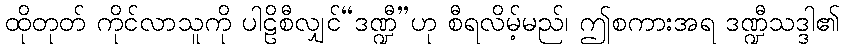
ထိုတုတ် ကိုင်လာသူကို ပါဠိစီလျှင်“ဒဏ္ဍီ”ဟု စီရလိမ့်မည်၊ ဤစကားအရ ဒဏ္ဍီသဒ္ဒါ၏